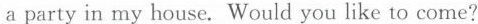
a party in my house. Would you like to come?